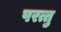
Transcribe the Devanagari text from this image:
परत्तु